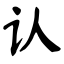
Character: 认